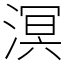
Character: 溟